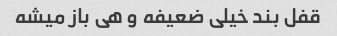
قفل بند خیلی ضعیفه و هی باز میشه